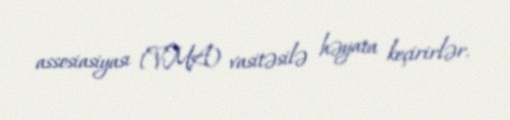
assosiasiyası (VMA) vasitəsilə həyata keçirirlər.